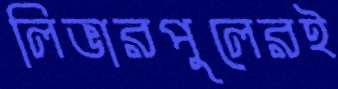
লিভারপুলেরই